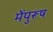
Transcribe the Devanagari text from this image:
मेंपुरूष